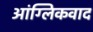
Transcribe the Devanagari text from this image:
आंग्लिकवाद